38_143685_box_Incident_Summaries_173-233
Agency: Department of War
Page 48
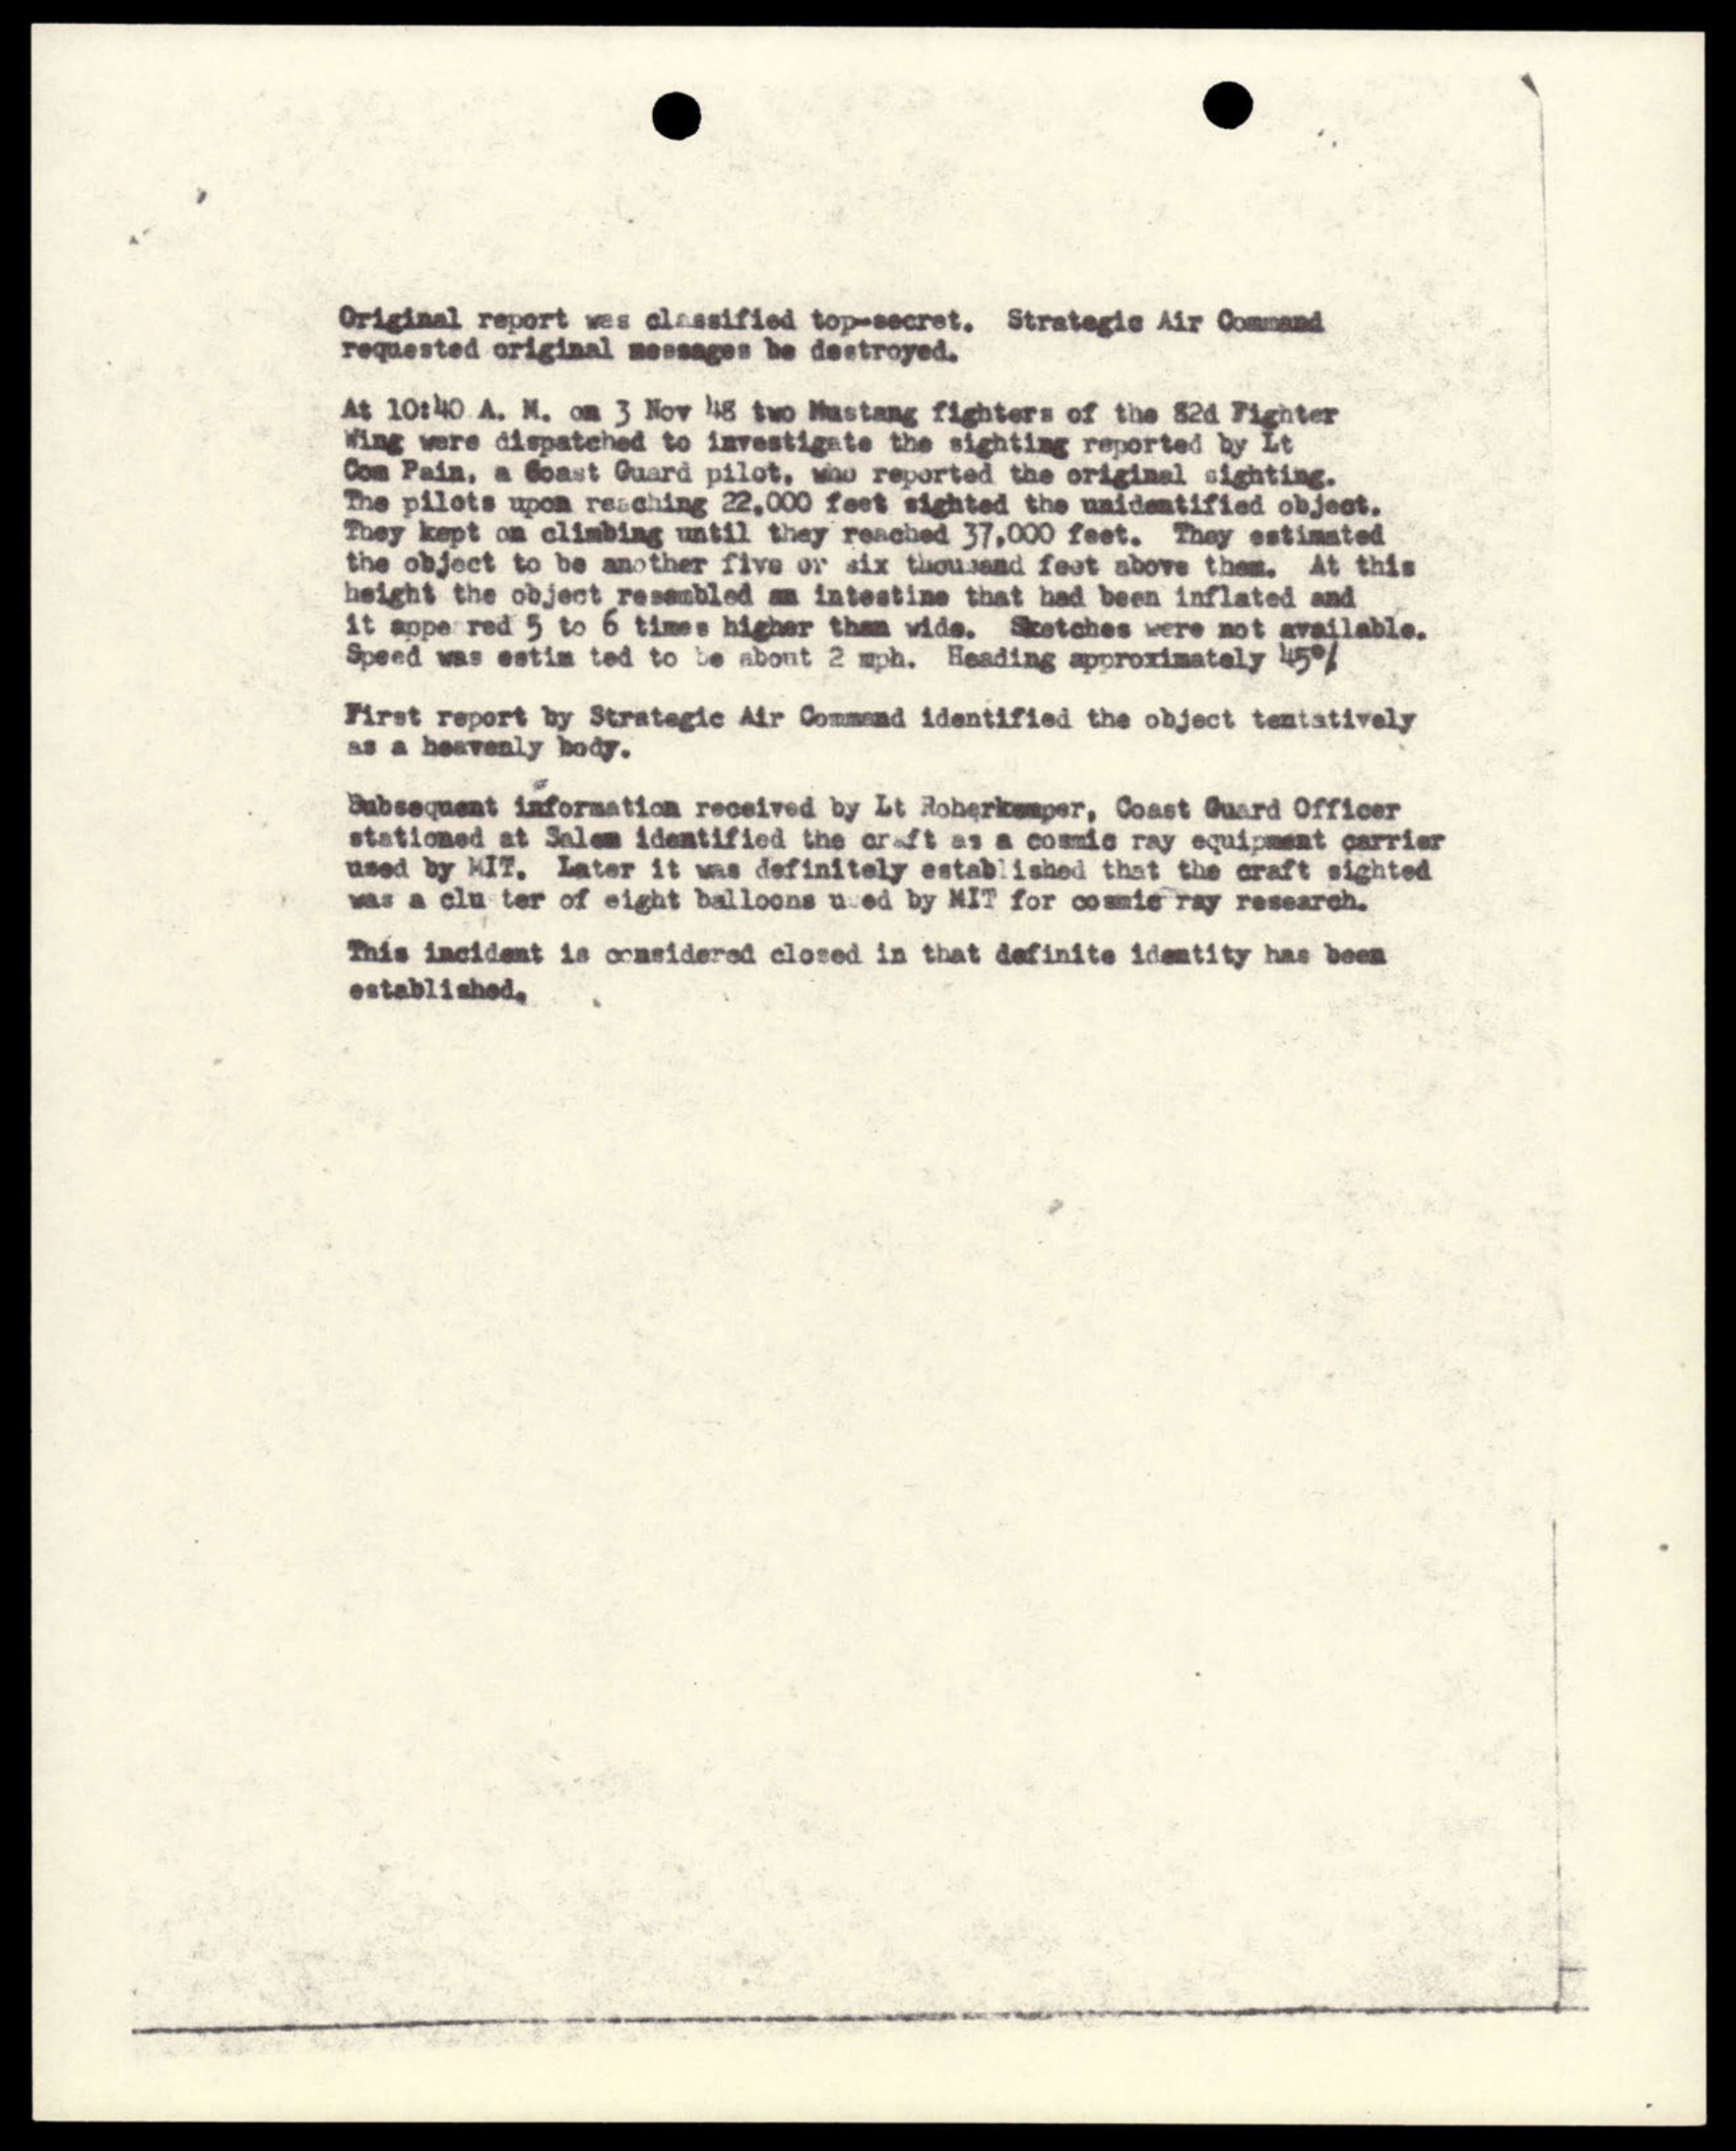